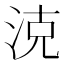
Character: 㳳